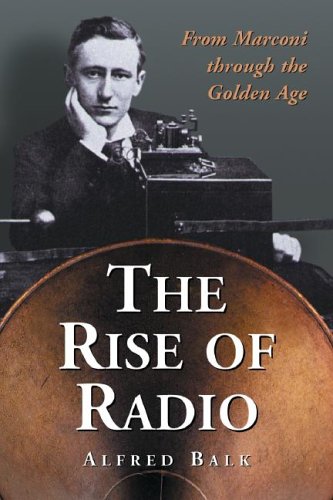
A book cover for The Rise of Radio, from Marconi through the Golden Age; Alfred Balk; Humor & Entertainment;